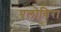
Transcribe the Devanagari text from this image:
एलोविरा